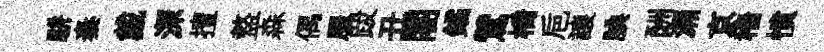
駢秦戴深擅盩森偶服跋丑闍鐍鷥橋巵譲腆酬漏京穡憤